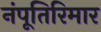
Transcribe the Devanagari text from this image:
नंपूतिरिमार